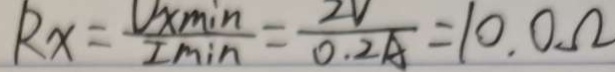
R _ { x } = \frac { V _ { x } \min } { I \min } = \frac { 2 V } { 0 . 2 A } = 1 0 . 0 \Omega